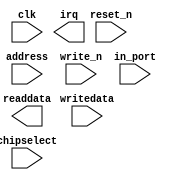
module nios_tx_pll_waitrequest_pio (
		input  wire        clk,        //                 clk.clk
		input  wire        reset_n,    //               reset.reset_n
		input  wire [1:0]  address,    //                  s1.address
		input  wire        write_n,    //                    .write_n
		input  wire [31:0] writedata,  //                    .writedata
		input  wire        chipselect, //                    .chipselect
		output wire [31:0] readdata,   //                    .readdata
		input  wire        in_port,    // external_connection.export
		output wire        irq         //                 irq.irq
	);
endmodule